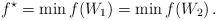
\begin{align*}f^\star=\min f(W_1)=\min f(W_2)\,.\end{align*}